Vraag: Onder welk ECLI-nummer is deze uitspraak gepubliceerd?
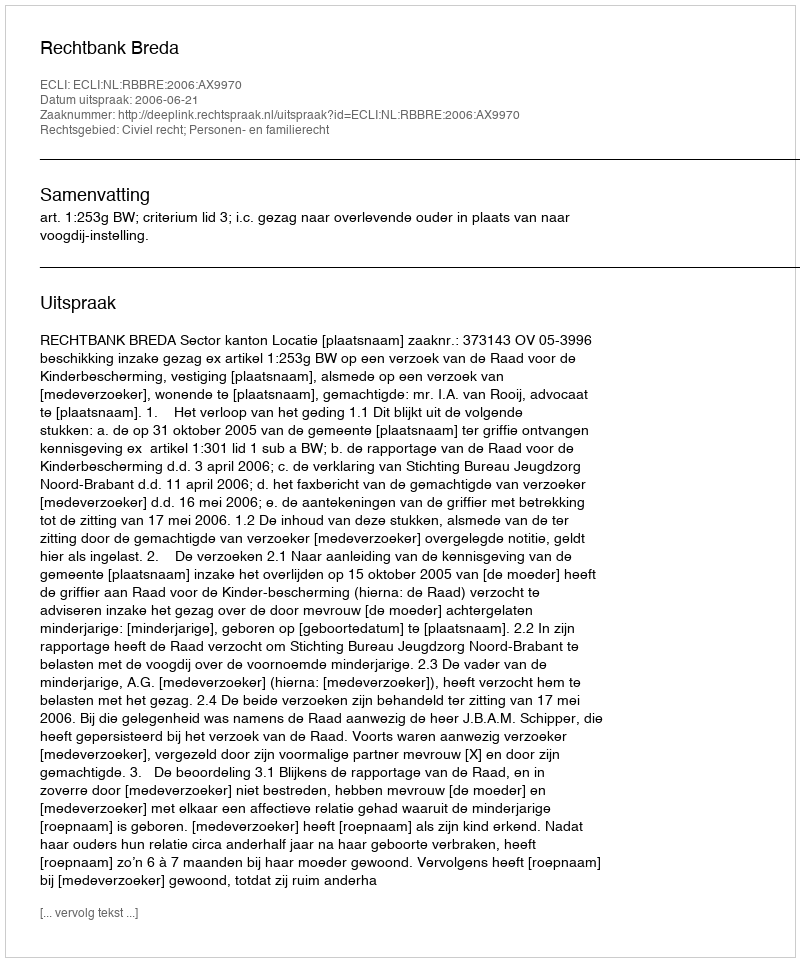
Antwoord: ECLI:NL:RBBRE:2006:AX9970